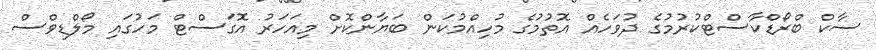
ސާކް ބްރޯޑްކާސްޓްކުރުމުގެ ދުވަހެއް އޮތުމުގެ މުހިއްމުކަން ބަޔާންކޮށް މިއަހަރު އޮގަސްޓް މަހުގައި މޯލްޑިވްސް